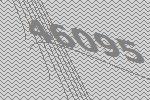
46095